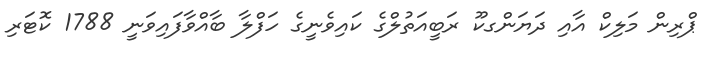
ޕްރިން މަލިކް އާއި ދަޔަންގކޫ ރަބީއަތުލްގެ ކައިވެނީގެ ހަފްލާ ބާއްވާފައިވަނީ 1788 ކޮޓަރި